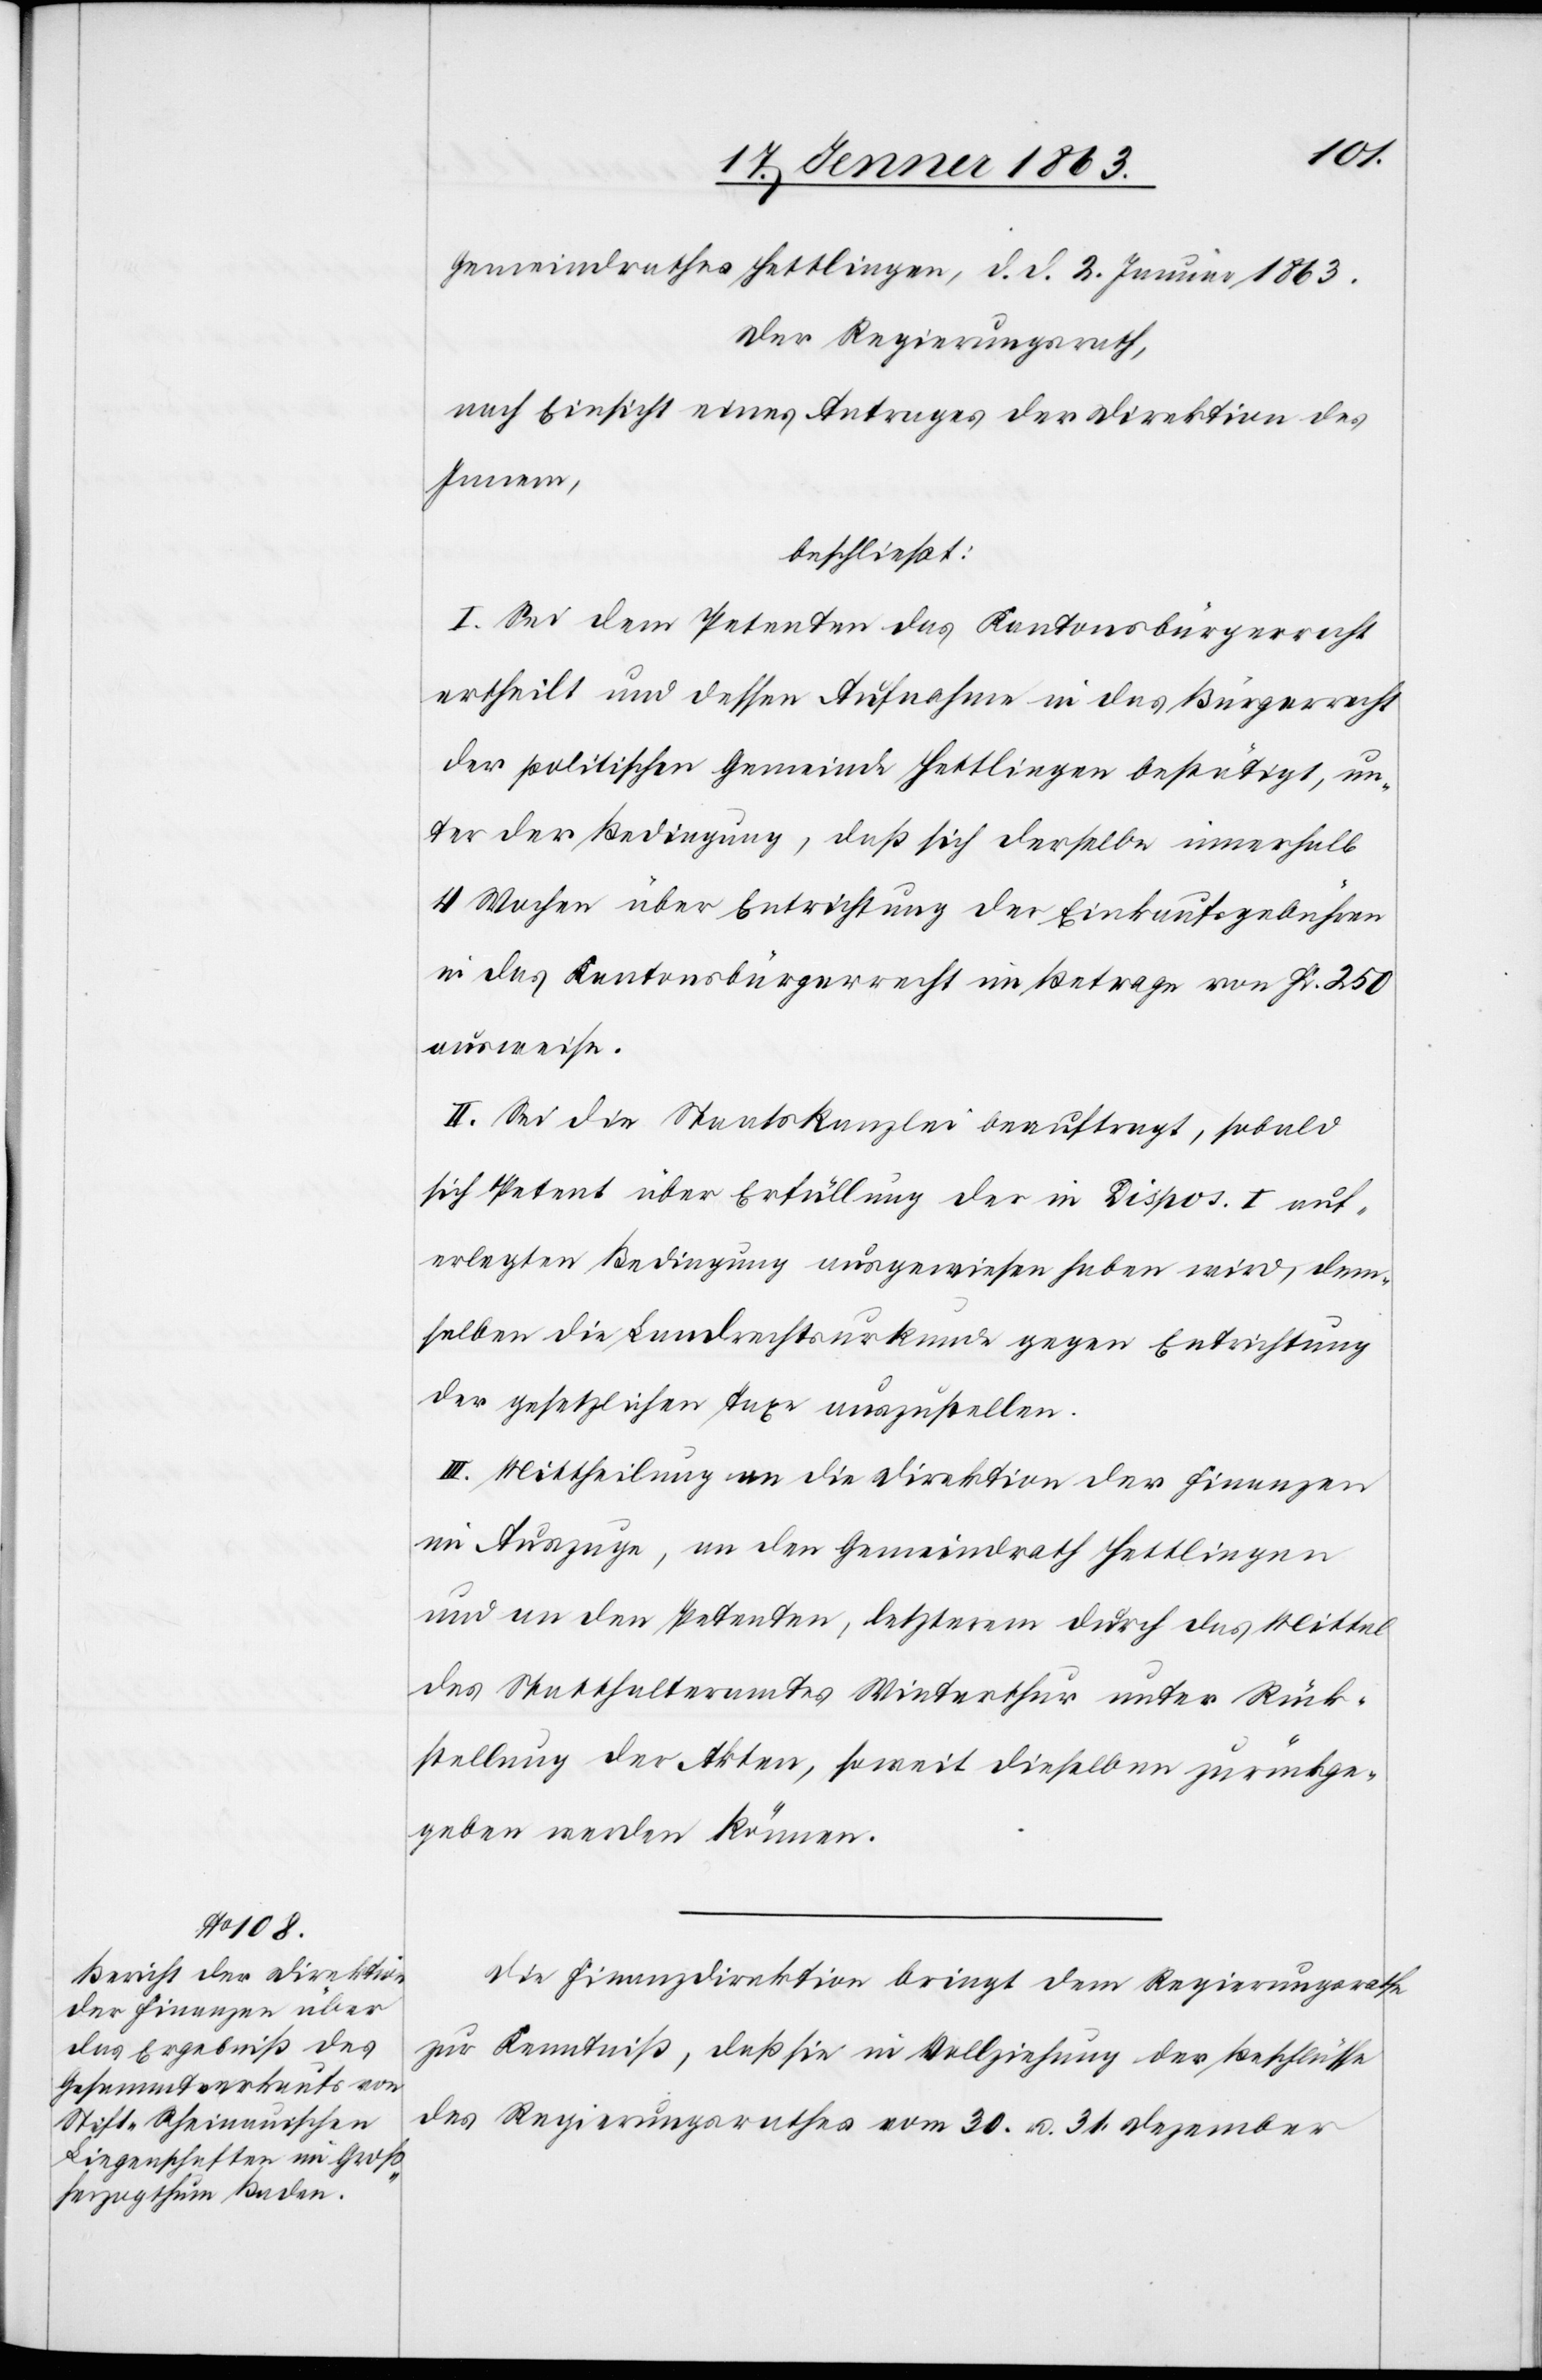
Gemeindrathes Hettlingen, d. d. 2. Januar 1863.
Der Regierungsrath,
nach Einsicht eines Antrages der Direktion des
Innern,
beschließt:
I. Sei dem Petenten das Kantonsbürgerrecht
ertheilt und dessen Aufnahme in das Bürgerrecht
der politischen Gemeinde Hettlingen bestätigt, un¬
ter der Bedingung, daß sich derselbe innerhalb
4 Wochen über Entrichtung der Einkaufsgebühren
in das Kantonsbürgerrecht im Betrage von Fr. 250
ausweise.
II. Sei die Staatskanzlei beauftragt, sobald
sich Petent über Erfüllung der in Dispos. I auf¬
erlegten Bedingung ausgewiesen haben wird, dem¬
selben die Landrechtsurkunde gegen Entrichtung
der gesetzlichen Taxe auszustellen.
III. Mittheilung an die Direktion der Finanzen
im Auszuge, an den Gemeindrath Hettlingen
und an den Petenten, letzterem durch das Mittel
des Statthalteramtes Winterthur unter Rück¬
stellung der Akten, soweit dieselben zurückge¬
geben werden können.
Die Finanzdirektion bringt dem Regierungsrathe
zur Kenntniß, daß sie in Vollziehung der Beschlüsse
des Regierungsrathes vom 30. u. 31. Dezember